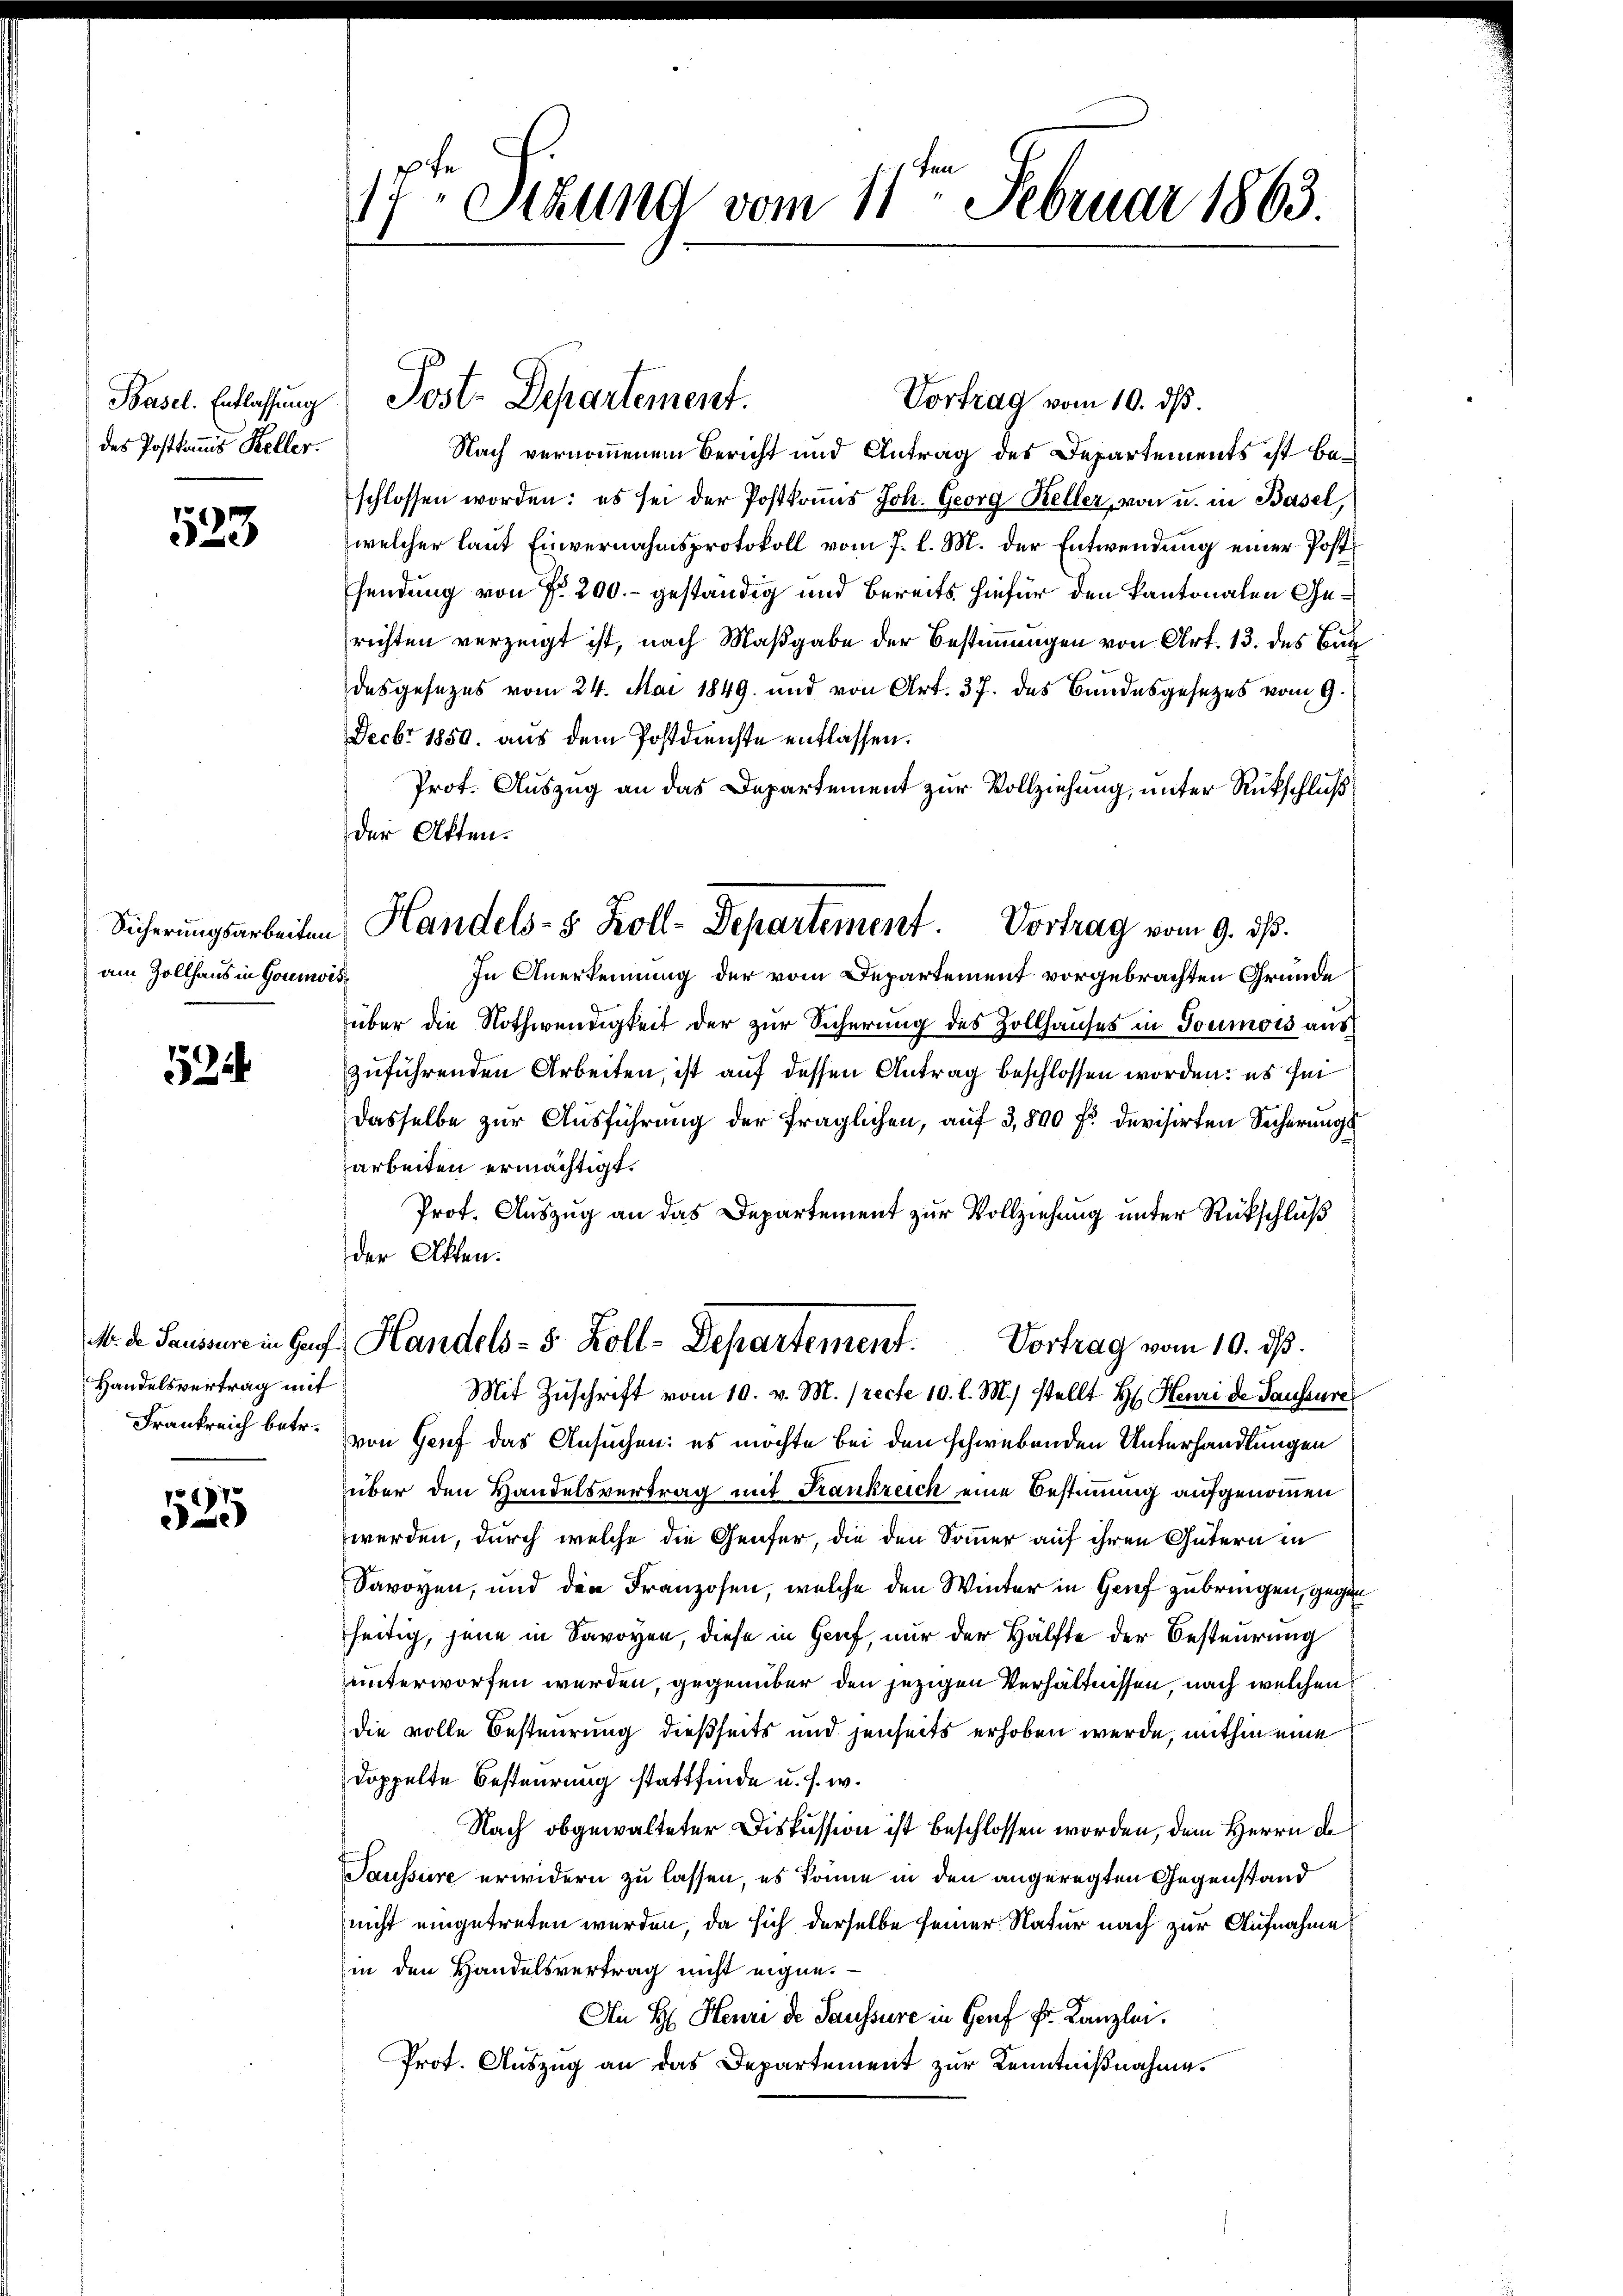
Basel. Entlassung
das Postkommis Keller.

523

Sicherungsarbeiten
am Zollhaus in Goumis¬

524

Handelsvertrag mit
Frankreich betr.

525

17ten Sitzung vom 11ten Februar 1863.

der Akten.

Post. Departement.

Vortrag vom 10. ds.
Nach vernommenem Bericht und Antrag des Departements ist beschlossen worden: es sei der Postkanns Joh. Georg Keller, von u. in Basel,
welcher laut Einvernahmsprotokoll vom 7. l. M. der Entwendung einer Postsendung von Nr. 200.- geständig und bereits hiefür den kantonalen Gerichten verzeigt ist, nach Maßgabe der Bestimmungen von Art. 13. des Bun
desgesezes vom 24. Mai 1849 und von Art. 37. des Bundesgesezes vom 9.
Fecbr 1850. aus dem Postdienste entlassen.
Prot. Auszug an das Departement zur Vollziehung, unter Rückschluß
In Anerkennung der vom Departement vorgebrachten Gründe
über die Nothwendigkeit der zur Sicherung des Zollhauses in Goumois auszuführenden Arbeiten, ist auf dessen Antrag beschlossen worden: es ihm
dasselbe zur Ausführung der fraglichen, auf 3,800 fl devisirten Sicherungs
arbeiten ermächtigt.
Prot. Auszug an das Departement zur Vollziehung unter Rückschluß
der Akten.
M. de Paniere in Gauf. Handels- 5 Zoll-Departement.
Vortrag vom 10. ds.
Mit Zŭschrift vom 10. v. M. (recte 10. l. M.) stellt Hr. Heuri de Saussure
von Genf das Ansuchen: es möchte bei den schwebenden Unterhandlungen
über den Handelsvertrag mit Frankreich eine Bestimmung aufgenommen
werden, durch welche die Genfer, die den Sommer auf ihren Gütern in
Savoyen, und den Franzosen, welche den Winter in Genf zubringen, gegen
seitig, jene in Savoyen, diese in Genf, nur der Hälfte der Besteurung
unterworfen werden, gegenüber den jezigen Verhältnissen, nach welchen
die volle Besteurung dießseits und jenseits erhoben werde, mithin eine
doppelte Besteurung stattfinde u. s. w.
Nach obgewalteter Diskussion ist beschlossen worden, dem Herrn de
Saussure erwidern zu lassen, es könne in den angeregten Gegenstand
nicht eingetreten werden, da sich derselbe seiner Natur nach zur Aufnahme
in den Handelsvertrag nicht eigen.
An H. Henri de Saussure in Genf Fr. Kanzlei.
Prot. Auszug an das Departement zur Kenntnißnahmes

Handels- 5 Zoll-Departement. Vortrag vom 9. ds.